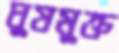
ঘুষমুক্ত